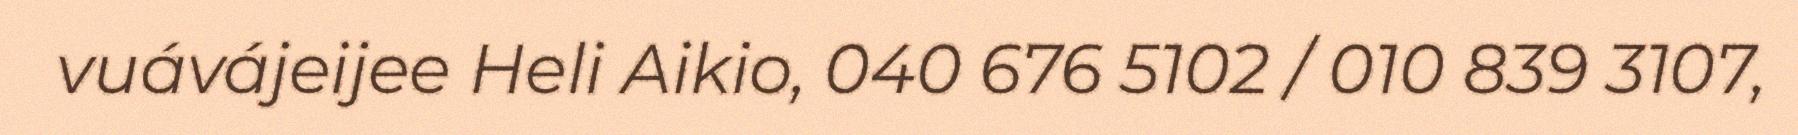
vuávájeijee Heli Aikio, 040 676 5102 / 010 839 3107,